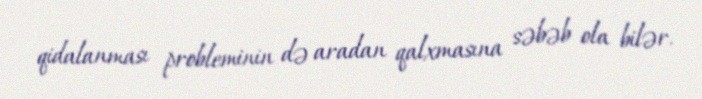
qidalanması probleminin də aradan qalxmasına səbəb ola bilər.